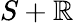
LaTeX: S+\mathbb{R}